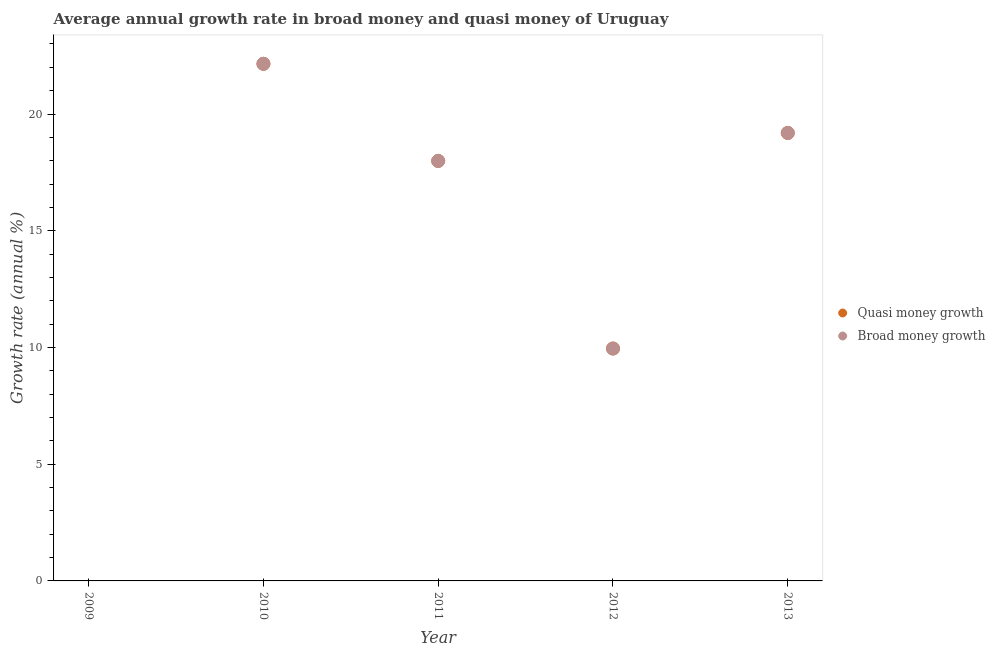
| Year | Quasi money growth | Broad money growth |
 | --- | --- | --- |
 | 2009 | -2.65 | -2.65 |
 | 2010 | 22.1 | 22.1 |
 | 2011 | 18 | 18 |
 | 2012 | 9.95 | 9.95 |
 | 2013 | 19.2 | 19.2 |